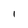
Character: I